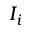
I _ { i }